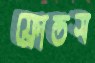
ফ্রোন্ডস